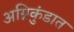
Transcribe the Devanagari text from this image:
अग्निकुंडात